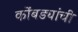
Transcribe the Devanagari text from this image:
कोंबड्यांची